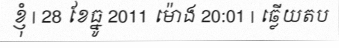
ខ្ញុំ | 28 ខែធ្នូ 2011 ម៉ោង 20:01 | ឆ្លើយតប